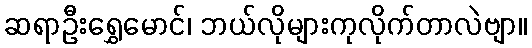
ဆရာဦးရွှေမောင်၊ ဘယ်လိုများကုလိုက်တာလဲဗျာ။